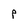
Character: p